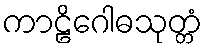
ကာဠိဂေါဓသုတ္တံ